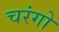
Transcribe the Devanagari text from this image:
चरंगो